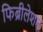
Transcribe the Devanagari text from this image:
फिब्रीलेशन